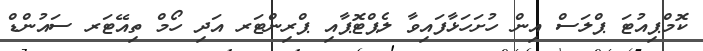
ކޮމްޕިއުޓަ ޕްލަސް އިން ހުށަހަޅާފައިވާ ލެޕްޓޮޕާއި ޕްރިންޓަރ އަދި ހޯމް ތިއޭޓަރ ސައުންޑް